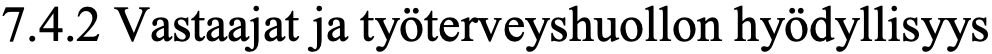
7.4.2 Vastaajat ja työterveyshuollon hyödyllisyys